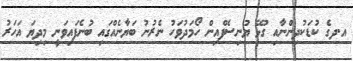
އ.ދގެ ކުޑަކުދިންނާއި ގުޅޭ ޔުނިސެފްއިން ހޯމަދުވަހު ނެރުނު ބަޔާނެއްގައި ބުނެފައިވަނީ މިދިޔަ އަހަރު